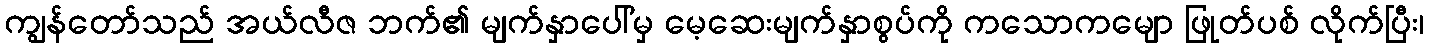
ကျွန်တော်သည် အယ်လီဇ ဘက်၏ မျက်နှာပေါ်မှ မေ့ဆေးမျက်နှာစွပ်ကို ကသောကမျော ဖြုတ်ပစ် လိုက်ပြီး၊